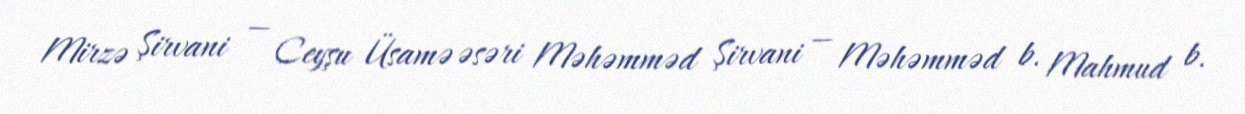
Mirzə Şirvani — Ceyşu Üsamə əsəri Məhəmməd Şirvani — Məhəmməd b. Mahmud b.